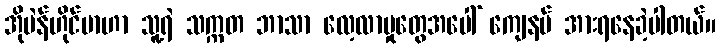
အိုပဲန်ဟိုင်မာဟာ သူ့ရဲ သက္ကတ ဘာသာ လေ့လာမှုတွေအပေါ် ကျေနပ် အားရနေခဲ့ပါတယ်။